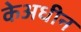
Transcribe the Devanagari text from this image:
केअधीन